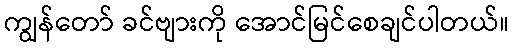
ကျွန်တော် ခင်ဗျားကို အောင်မြင်စေချင်ပါတယ်။